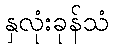
နှလုံးခုန်သံ